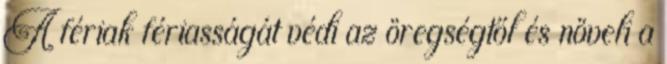
A fériak fériasságát védi az öregségtől és növeli a